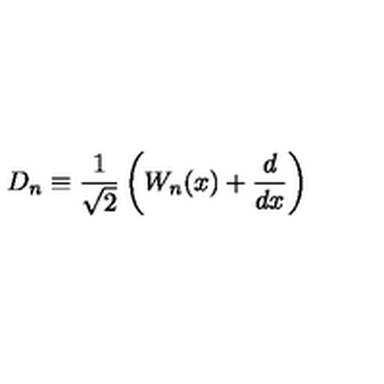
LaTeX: D _ { n } \equiv \frac { 1 } { \sqrt { 2 } } \left( W _ { n } ( x ) + \frac { d } { d x } \right)